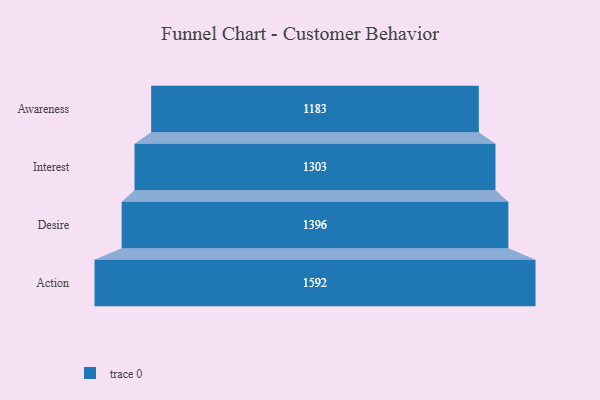
{"axis": {"x": "Stage", "y": "Value"}, "legend": [""], "data": [{"x": "Awareness", "y": 1183.0, "type": ""}, {"x": "Interest", "y": 1303.0, "type": ""}, {"x": "Desire", "y": 1396.0, "type": ""}, {"x": "Action", "y": 1592.0, "type": ""}]}